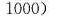
1000)